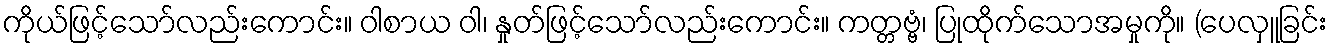
ကိုယ်ဖြင့်သော်လည်းကောင်း။ ဝါစာယ ဝါ၊ နှုတ်ဖြင့်သော်လည်းကောင်း။ ကတ္တဗ္ဗံ၊ ပြုထိုက်သောအမှုကို။ (ပေလှူခြင်း